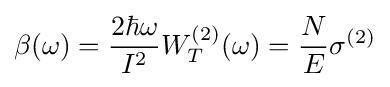
\beta (\omega )={\frac {2\hbar \omega }{I^{2}}}W_{T}^{(2)}(\omega )={\frac {N}{E}}\sigma ^{(2)}